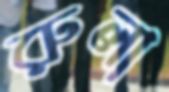
রুলা